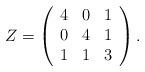
LaTeX: \begin{align*}Z = \left(\begin{array}{ccc} 4 & 0 & 1 \\ 0 & 4 & 1 \\ 1 & 1 & 3 \end{array}\right).\end{align*}